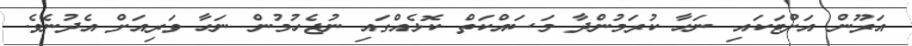
އަރޫން އަށްޓަކައި ނަހާ ކުރަމުންދާ މަސައްކަތް ކޮޅެއްގައި ނުޖެހުމުން ނަހާ ވަރިއަށް އެދުނެވެ.